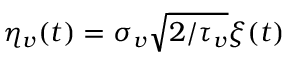
\eta _ { v } ( t ) = \sigma _ { v } \sqrt { 2 / { \tau _ { v } } } \xi ( t )